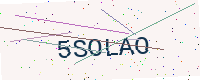
Text: 5SOLAO